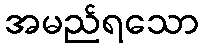
အမည်ရသော